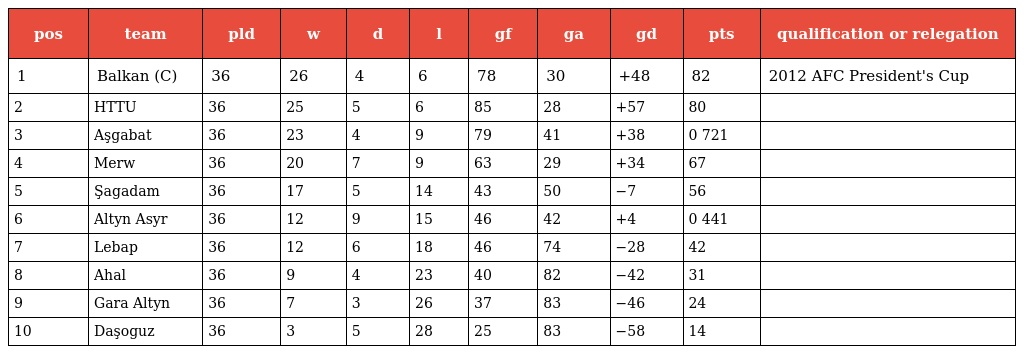
| pos | team | pld | w | d | l | gf | ga | gd | pts | qualification or relegation |
 | --- | --- | --- | --- | --- | --- | --- | --- | --- | --- | --- |
 | 1 | Balkan (C) | 36 | 26 | 4 | 6 | 78 | 30 | +48 | 82 | 2012 AFC President's Cup |
 | 2 | HTTU | 36 | 25 | 5 | 6 | 85 | 28 | +57 | 80 |  |
 | 3 | Aşgabat | 36 | 23 | 4 | 9 | 79 | 41 | +38 | 0 721 |  |
 | 4 | Merw | 36 | 20 | 7 | 9 | 63 | 29 | +34 | 67 |  |
 | 5 | Şagadam | 36 | 17 | 5 | 14 | 43 | 50 | −7 | 56 |  |
 | 6 | Altyn Asyr | 36 | 12 | 9 | 15 | 46 | 42 | +4 | 0 441 |  |
 | 7 | Lebap | 36 | 12 | 6 | 18 | 46 | 74 | −28 | 42 |  |
 | 8 | Ahal | 36 | 9 | 4 | 23 | 40 | 82 | −42 | 31 |  |
 | 9 | Gara Altyn | 36 | 7 | 3 | 26 | 37 | 83 | −46 | 24 |  |
 | 10 | Daşoguz | 36 | 3 | 5 | 28 | 25 | 83 | −58 | 14 |  |